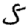
Digit: 5